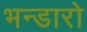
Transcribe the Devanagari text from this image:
भन्डारो